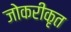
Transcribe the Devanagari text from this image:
जोकरीकृत